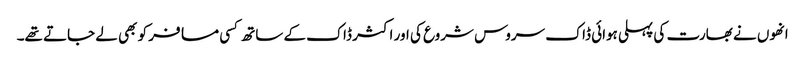
انھوں نے بھارت کی پہلی ہوائی ڈاک سروس شروع کی اور اکثر ڈاک کے ساتھ کسی مسافر کو بھی لے جاتے تھے۔